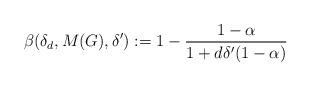
LaTeX: \begin{align*}\beta(\delta_d, M(G), \delta^{\prime}):= 1 - \frac{1 - \alpha}{1 + d\delta'(1 - \alpha)}\end{align*}